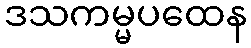
ဒသကမ္မပထေန